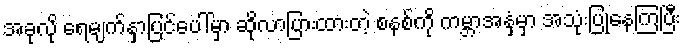
အခုလို ရေမျက်နှာပြင်ပေါ်မှာ ဆိုလာပြားထားတဲ့ စနစ်ကို ကမ္ဘာအနှံ့မှာ အသုံးပြုနေကြပြီး